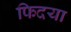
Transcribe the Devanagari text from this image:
फिदया